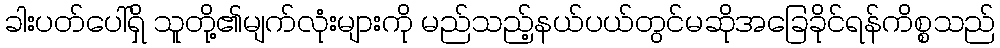
ခါးပတ်ပေါ်ရှိ သူတို့၏မျက်လုံးများကို မည်သည့်နယ်ပယ်တွင်မဆိုအခြေခိုင်ရန်ကိစ္စသည်